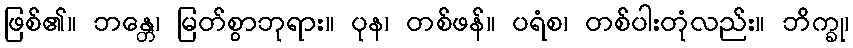
ဖြစ်၏။ ဘန္တေ၊ မြတ်စွာဘုရား။ ပုန၊ တစ်ဖန်။ ပရံစ၊ တစ်ပါးတုံလည်း။ ဘိက္ခု၊